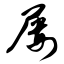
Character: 屡